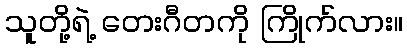
သူတို့ရဲ့ တေးဂီတကို ကြိုက်လား။